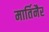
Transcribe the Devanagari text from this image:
मार्तिनैर